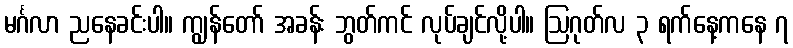
မင်္ဂလာ ညနေခင်းပါ။ ကျွန်တော် အခန်း ဘွတ်ကင် လုပ်ချင်လို့ပါ။ ဩဂုတ်လ ၃ ရက်နေ့ကနေ ၇